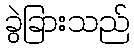
ခွဲခြားသည်